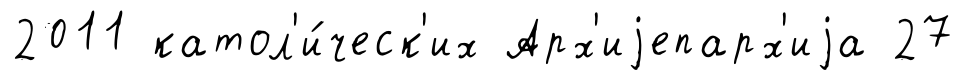
2011 катол'и́ческ'их Арх'иjепарх'иjа 27